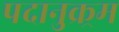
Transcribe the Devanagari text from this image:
पदानुक्र्रम